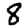
Digit: 8